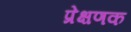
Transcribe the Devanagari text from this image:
प्रेक्षणक